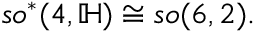
{ \mathfrak { s o } } ^ { * } ( 4 , \mathbb { H } ) \cong { \mathfrak { s o } } ( 6 , 2 ) .